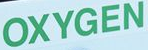
OXYGEN